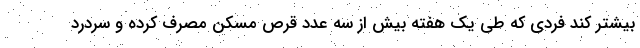
بیشتر کند فردی که طی یک هفته بیش از سه عدد قرص مسکن مصرف کرده و سردرد